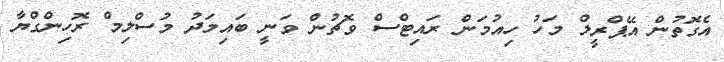
އެގޮތުން އޭޕްރީލް މަހު ހިއުމަން ރައިޓްސް ވޮޗުން ވަނީ ބައިމަދު މުސްލިމް ރޮހިންގްޔާ